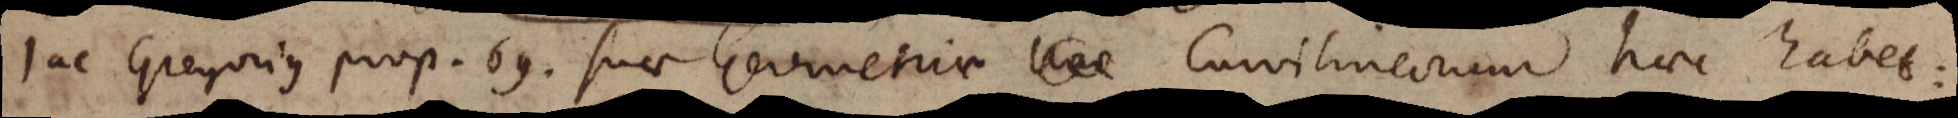
Jac Gregorius prop. 69. suae Geometriae _ae Curvilineorum haec habet: